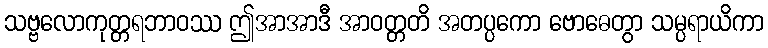
သဗ္ဗလောကုတ္တရဘာဝဿ ဤအာအာဒီ အာဝတ္တတိ အတပ္ပကော ဗောဓေတွာ သမ္ပရာယိကာ